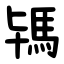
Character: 駂